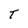
Character: T